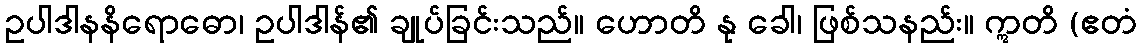
ဥပါဒါနနိရောဓော၊ ဥပါဒါန်၏ ချုပ်ခြင်းသည်။ ဟောတိ နု ခေါ၊ ဖြစ်သနည်း။ ဣတိ (ဧတံ